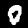
Digit: 0